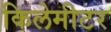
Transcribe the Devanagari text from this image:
किलेमीटर